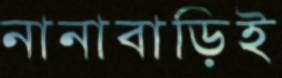
নানাবাড়িই